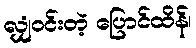
လျှံဝင်းတဲ့ ပြောင်ထိန်၊